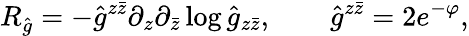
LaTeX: R_{\hat{g}}=-{\hat{g}}^{z\bar{z}}\partial_{z}\partial_{\bar{z}}\log{\hat{g}}_{z\bar{z}},\qquad\hat{g}^{z\bar{z}}=2e^{-\varphi},